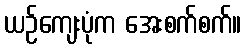
ယဉ်ကျေးပုံက အေးစက်စက်။